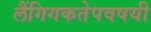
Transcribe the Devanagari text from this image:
लैंगिगकतेपवषयी